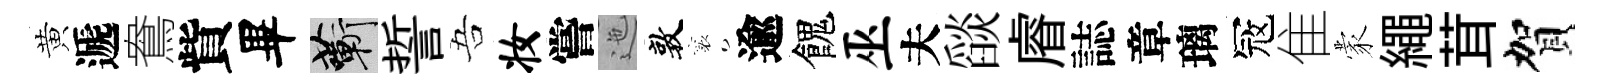
黄遞鴦貲畢蔪誓吾妆嘗迤敦襄逾餽巫夫𦦨𥈠誌章璃冦隹蒙繩茸賀